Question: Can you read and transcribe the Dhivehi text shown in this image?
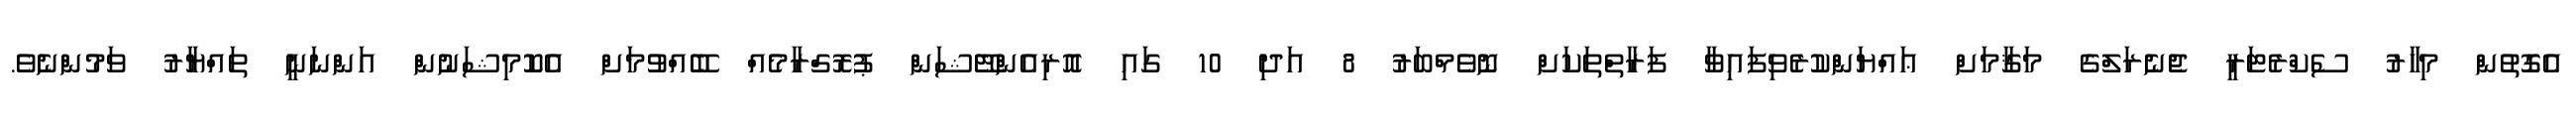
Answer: އެގޮތުން މިހާރު ސެކްރެޓަރީ ޖެނެރަލްގެ މަޤާމަށް ޢައްޔަންކުރެވިފައިވާ ފަރާތްތަކަށް ނޮވެމްބަރު 8 އަދި 10 ގައި އޮރިއެންޓޭޝަން ޕުރޮގްރާމެއް ބޭއްވުމަށް އެކޮމިޝަނުން އަންނަނީ ތައްޔާރު ވަމުންނެވެ.